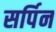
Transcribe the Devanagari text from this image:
सर्पिन